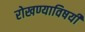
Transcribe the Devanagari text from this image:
रोखण्याविषयी